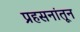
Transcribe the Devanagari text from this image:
प्रहसनांतून